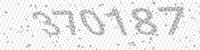
Solution: 370187